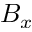
B _ { x }